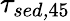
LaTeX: \tau_{\textit{sed,}45}